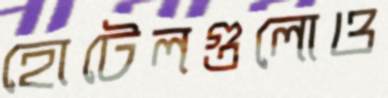
হোটেলগুলোও